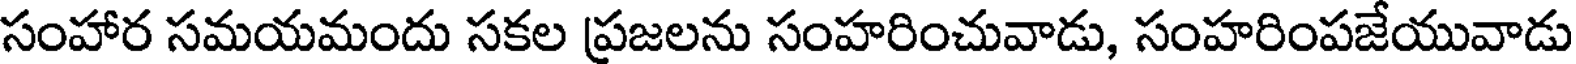
సంహార సమయమందు సకల ప్రజలను సంహరించువాడు, సంహరింపజేయువాడు